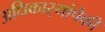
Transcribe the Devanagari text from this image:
अधिकार्‍यांपैकी